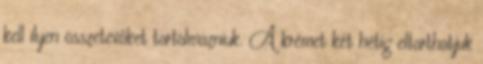
kell ilyen összetevőket tartalmazniuk. A krémet két hétig eltarthatjuk